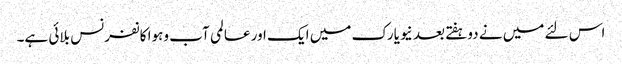
اس لئے میں نے دوہفتے بعد نیویارک میں ایک اور عالمی آب وہوا کانفرنس بلائی ہے۔